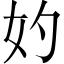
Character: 妁